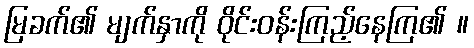
မြခက်၏ မျက်နှာကို ဝိုင်းဝန်းကြည့်နေကြ၏ ။